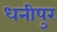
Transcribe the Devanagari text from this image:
धनीपुर